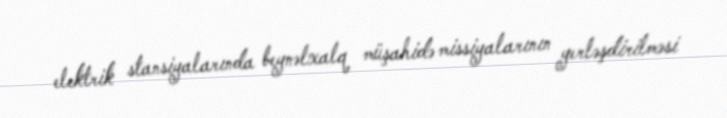
elektrik stansiyalarında beynəlxalq müşahidə missiyalarının yerləşdirilməsi